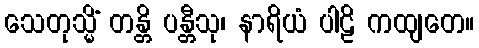
သေတုသ္မိံ တန္တိ ပန္တီသု၊ နာရိယံ ပါဠိ ကထျတေ။